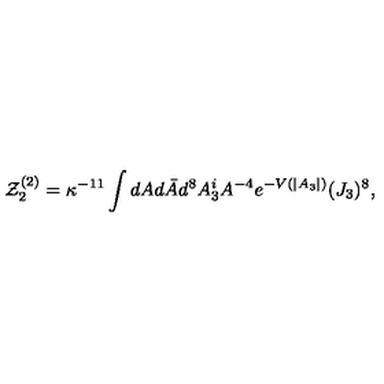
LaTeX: { \cal Z } _ { 2 } ^ { ( 2 ) } = \kappa ^ { - 1 1 } \int d A d \bar { A } d ^ { 8 } A _ { 3 } ^ { i } A ^ { - 4 } e ^ { - V ( | A _ { 3 } | ) } ( J _ { 3 } ) ^ { 8 } ,